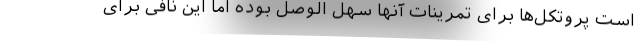
است پروتکل‌ها برای تمرینات آنها سهل الوصل بوده اما این نافی برای